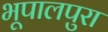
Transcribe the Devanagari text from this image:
भूपालपुरा